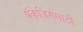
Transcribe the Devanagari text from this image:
पॅकेजिंगसाठी